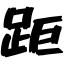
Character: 距